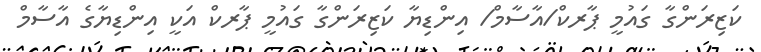
ކަޒިރަންގާ ގައުމީ ޕާރކް/އާސާމް/ އިންޑިޔާ ކަޒިރަންގާ ގައުމީ ޕާރކް އަކީ އިންޑިޔާގެ އާސާމް